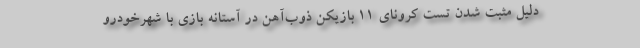
دلیل مثبت شدن تست کرونای ۱۱ بازیکن ذوب‌آهن در آستانه بازی با شهرخودرو